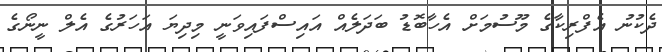
ދެކުނު އެފްރިކާގެ މޫސުމަށް އެހާބޮޑު ބަދަލެއް އައިސްފައިވަނީ މިދިޔަ އަހަރުގެ އެލް ނީނޯގެ